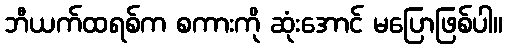
ဘီယက်ထရစ်က စကားကို ဆုံးအောင် မပြောဖြစ်ပါ။